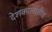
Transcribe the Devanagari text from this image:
देशकालातीत